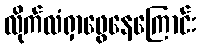
လိုက်လံရှာဖွေနေကြောင်း